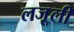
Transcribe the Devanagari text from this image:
लजू़ली